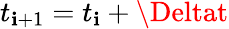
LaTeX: t_{\mathbf{i}+1}=t_{\mathbf{i}}+\Deltat